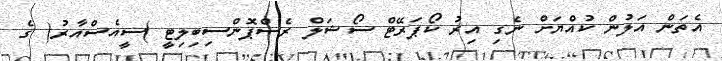
އެތަން އަލުން ކުއްޔަށް ނެގި އިރު ކޯޕަރޭޓް ސޯޝަލް ރެސްޕޮންސިބިލިޓީ )ސީއެސްއާރު( ގެ